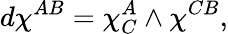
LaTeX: d\chi^{AB}=\chi_{C}^{A}\wedge\chi^{CB},